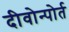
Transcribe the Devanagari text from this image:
दीवोन्पोर्त